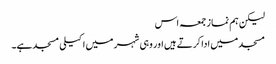
لیکن ہم نماز جمعہ اس
مسجد میں ادا کرتے ہیں اور وہی شہر میں اکیلی مسجدہے۔